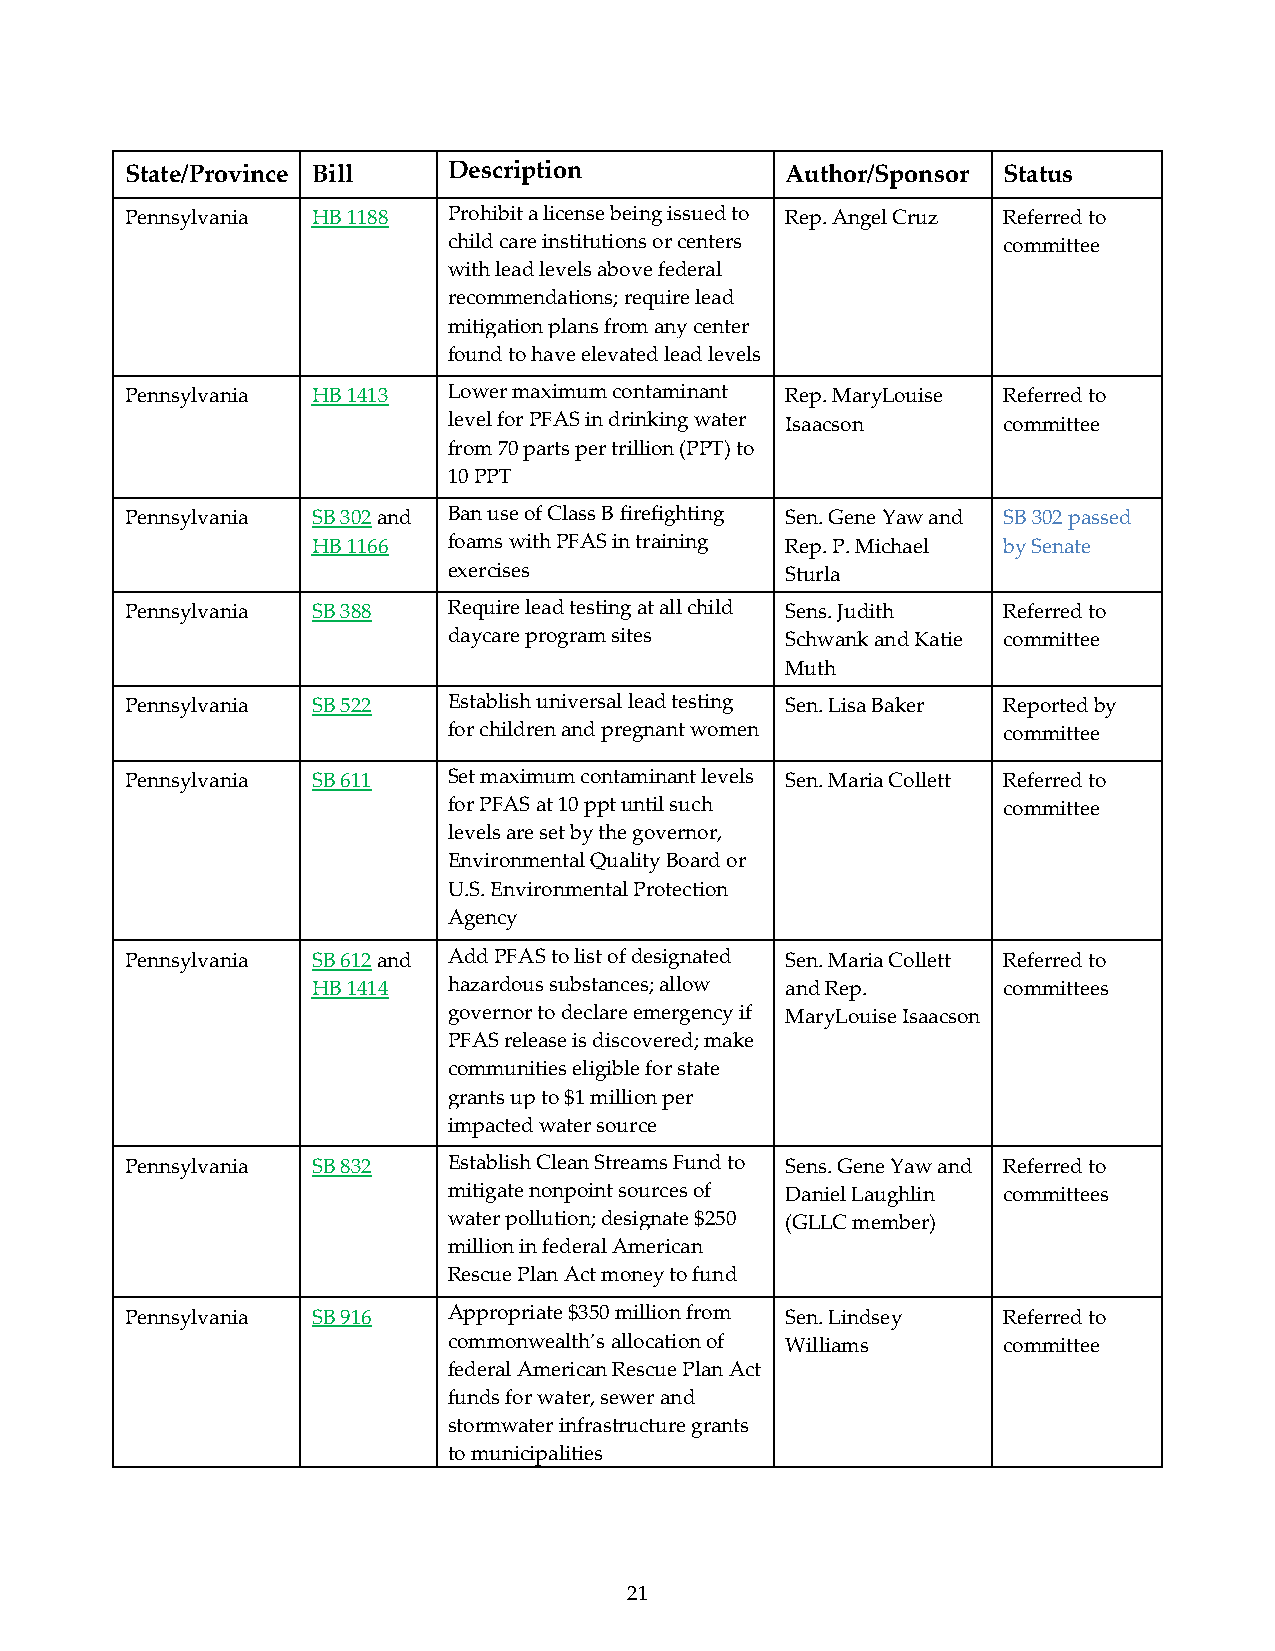
State/Province Bill   Description           Author/Sponsor Status
 Pennsylvania HB 1188  Prohibit a license being issued to Rep. Angel Cruz Referred to
 child care institutions or centers  committee
 with lead levels above federal
 recommendations; require lead
 mitigation plans from any center
 found to have elevated lead levels
 Pennsylvania HB 1413  Lower maximum contaminant Rep. MaryLouise Referred to
 level for PFAS in drinking water Isaacson committee
 from 70 parts per trillion (PPT) to
 10 PPT
 Pennsylvania SB 302 and Ban use of Class B firefighting Sen. Gene Yaw and SB 302 passed
 HB 1166  foams with PFAS in training Rep. P. Michael by Senate
 exercises             Sturla
 Pennsylvania SB 388   Require lead testing at all child Sens. Judith Referred to
 daycare program sites Schwank and Katie committee
 Muth
 Pennsylvania SB 522   Establish universal lead testing Sen. Lisa Baker Reported by
 for children and pregnant women     committee
 Pennsylvania SB 611   Set maximum contaminant levels Sen. Maria Collett Referred to
 for PFAS at 10 ppt until such       committee
 levels are set by the governor,
 Environmental Quality Board or
 U.S. Environmental Protection
 Agency
 Pennsylvania SB 612 and Add PFAS to list of designated Sen. Maria Collett Referred to
 HB 1414  hazardous substances; allow and Rep. committees
 governor to declare emergency if MaryLouise Isaacson
 PFAS release is discovered; make
 communities eligible for state
 grants up to $1 million per
 impacted water source
 Pennsylvania SB 832   Establish Clean Streams Fund to Sens. Gene Yaw and Referred to
 mitigate nonpoint sources of Daniel Laughlin committees
 water pollution; designate $250 (GLLC member)
 million in federal American
 Rescue Plan Act money to fund
 Pennsylvania SB 916   Appropriate $350 million from Sen. Lindsey Referred to
 commonwealth’s allocation of Williams committee
 federal American Rescue Plan Act
 funds for water, sewer and
 stormwater infrastructure grants
 to municipalities
 21